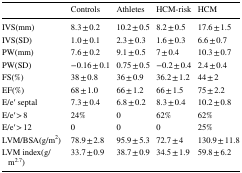
<table><thead><tr><td></td><td><b>Controls</b></td><td><b>Athletes</b></td><td><b>HCM-risk</b></td><td><b>HCM</b></td></tr></thead><tbody><tr><td>IVS(mm)</td><td>8.3 ± 0.2</td><td>10.2 ± 0.5</td><td>8.2 ± 0.5</td><td>17.6 ± 1.5</td></tr><tr><td>IVS(SD)</td><td>1.0 ± 0.1</td><td>2.3 ± 0.3</td><td>1.6 ± 0.3</td><td>6.6 ± 0.7</td></tr><tr><td>PW(mm)</td><td>7.6 ± 0.2</td><td>9.1 ± 0.5</td><td>7 ± 0.4</td><td>10.3 ± 0.7</td></tr><tr><td>PW(SD)</td><td>−0.16 ± 0.1</td><td>0.75 ± 0.5</td><td>−0.2 ± 0.4</td><td>2.4 ± 0.4</td></tr><tr><td>FS(%)</td><td>38 ± 0.8</td><td>36 ± 0.9</td><td>36.2 ± 1.2</td><td>44 ± 2</td></tr><tr><td>EF(%)</td><td>68 ± 1.0</td><td>66 ± 1.2</td><td>66 ± 1.5</td><td>75 ± 2.2</td></tr><tr><td>E/e′ septal</td><td>7.3 ± 0.4</td><td>6.8 ± 0.2</td><td>8.3 ± 0.4</td><td>10.2 ± 0.8</td></tr><tr><td>E/e′ &gt; 8</td><td>24%</td><td>0</td><td>62%</td><td>62%</td></tr><tr><td>E/e′ &gt; 12</td><td>0</td><td>0</td><td>0</td><td>25%</td></tr><tr><td>LVM/BSA(g/m<sup>2</sup>)</td><td>78.9 ± 2.8</td><td>95.9 ± 5.3</td><td>72.7 ± 4</td><td>130.9 ± 11.8</td></tr><tr><td>LVM index(g/m<sup>2.7</sup>)</td><td>33.7 ± 0.9</td><td>38.7 ± 0.9</td><td>34.5 ± 1.9</td><td>59.8 ± 6.2</td></tr></tbody></table>